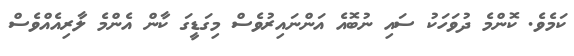
ކަމެވެ. ކޮންމެ ދުވަހަކު ސައި ނުބޮއެ އަންނައިރުވެސް މިގަޑީގަ ކާން އެެންމެ ލާރިއެއްވެސް